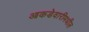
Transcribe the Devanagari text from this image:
आकडेवारीमधील